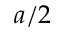
a / 2